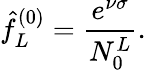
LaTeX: \hat{f}_{L}^{(0)}=\frac{e^{\nu\sigma}}{N_{0}^{L}}.